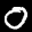
Label: 0